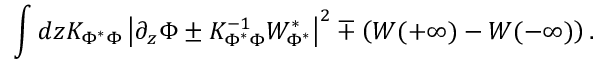
\int d z K _ { \Phi ^ { * } \Phi } \left| \partial _ { z } \Phi \pm K _ { \Phi ^ { * } \Phi } ^ { - 1 } W _ { \Phi ^ { * } } ^ { * } \right| ^ { 2 } \mp \left( W ( + \infty ) - W ( - \infty ) \right) .